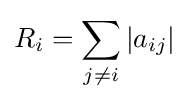
R_{i}=\sum _{j\neq {i}}\left|a_{ij}\right|